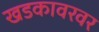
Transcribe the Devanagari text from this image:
खडकावरवर